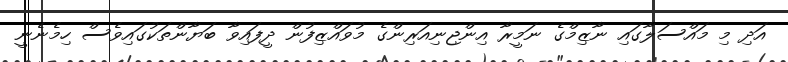
އަދި މި މައްސަލާގައި ނާޒިމްގެ ނަމީރާ އިންޖިނިއަރިންގެ މުވައްޒިފުން ދީފައިވާ ބަޔާންތަކުގައިވެސް ހިމެނެނީ